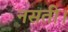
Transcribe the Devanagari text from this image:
नसती।